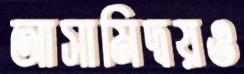
আসামিদ্বয়ও